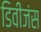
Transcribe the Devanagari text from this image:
डिवीजंस